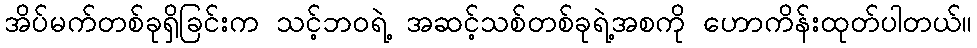
အိပ်မက်တစ်ခုရှိခြင်းက သင့်ဘဝရဲ့ အဆင့်သစ်တစ်ခုရဲ့အစကို ဟောကိန်းထုတ်ပါတယ်။